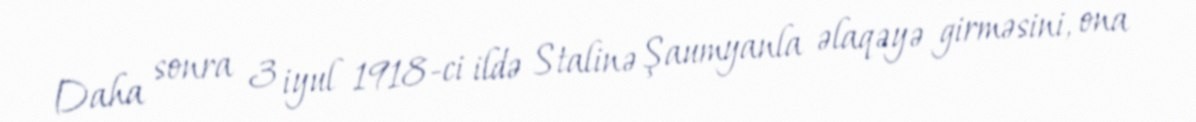
Daha sonra 3 iyul 1918-ci ildə Stalinə Şaumyanla əlaqəyə girməsini, ona